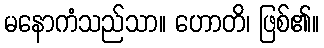
မနောကံသည်သာ။ ဟောတိ၊ ဖြစ်၏။